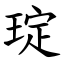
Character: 琔